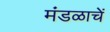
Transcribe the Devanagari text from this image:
मंडळाचें